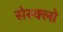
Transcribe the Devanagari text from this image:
सेस्क्लो